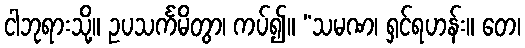
ငါဘုရားသို့။ ဥပသင်္ကမိတွာ၊ ကပ်၍။ “သမဏ၊ ရှင်ရဟန်း။ တေ၊